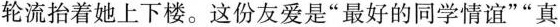
轮流抬着她上下楼。这份友爱是”最好的同学情谊””真